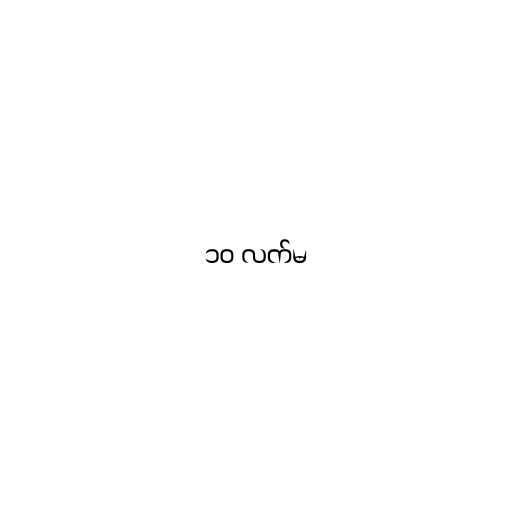
၁၀ လက်မ